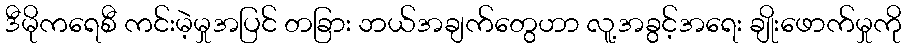
ဒီမိုကရေစီ ကင်းမဲ့မှုအပြင် တခြား ဘယ်အချက်တွေဟာ လူ့အခွင့်အရေး ချိုးဖောက်မှုကို